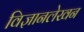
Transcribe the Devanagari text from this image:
विज्ञानलेखन